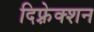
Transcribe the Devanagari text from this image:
दिफ़्रेक्शन